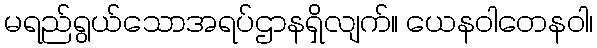
မရည်ရွယ်သောအရပ်ဌာနရှိလျက်။ ယေနဝါတေနဝါ၊